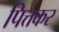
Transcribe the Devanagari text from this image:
पित्तकर